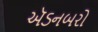
ઍડનબરો